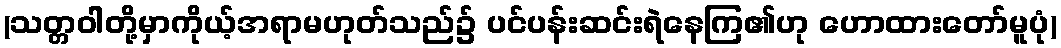
(သတ္တဝါတို့မှာကိုယ့်အရာမဟုတ်သည်၌ ပင်ပန်းဆင်းရဲနေကြ၏ဟု ဟောထားတော်မူပုံ)